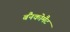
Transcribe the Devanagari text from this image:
बैंनकोमैट